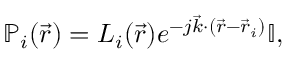
\mathbb { P } _ { i } ( \vec { r } ) = L _ { i } ( \vec { r } ) e ^ { - j \vec { k } \cdot ( \vec { r } - \vec { r } _ { i } ) } \mathbb { I } ,